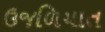
ઉજળિયાત